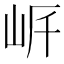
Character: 𡶨